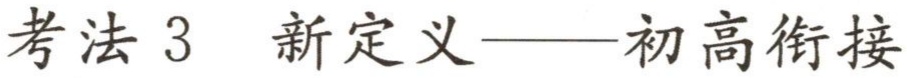
考法 3 新定义——初高衔接